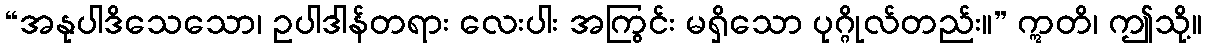
“အနုပါဒိသေသော၊ ဥပါဒါန်တရား လေးပါး အကြွင်း မရှိသော ပုဂ္ဂိုလ်တည်း။” ဣတိ၊ ဤသို့။